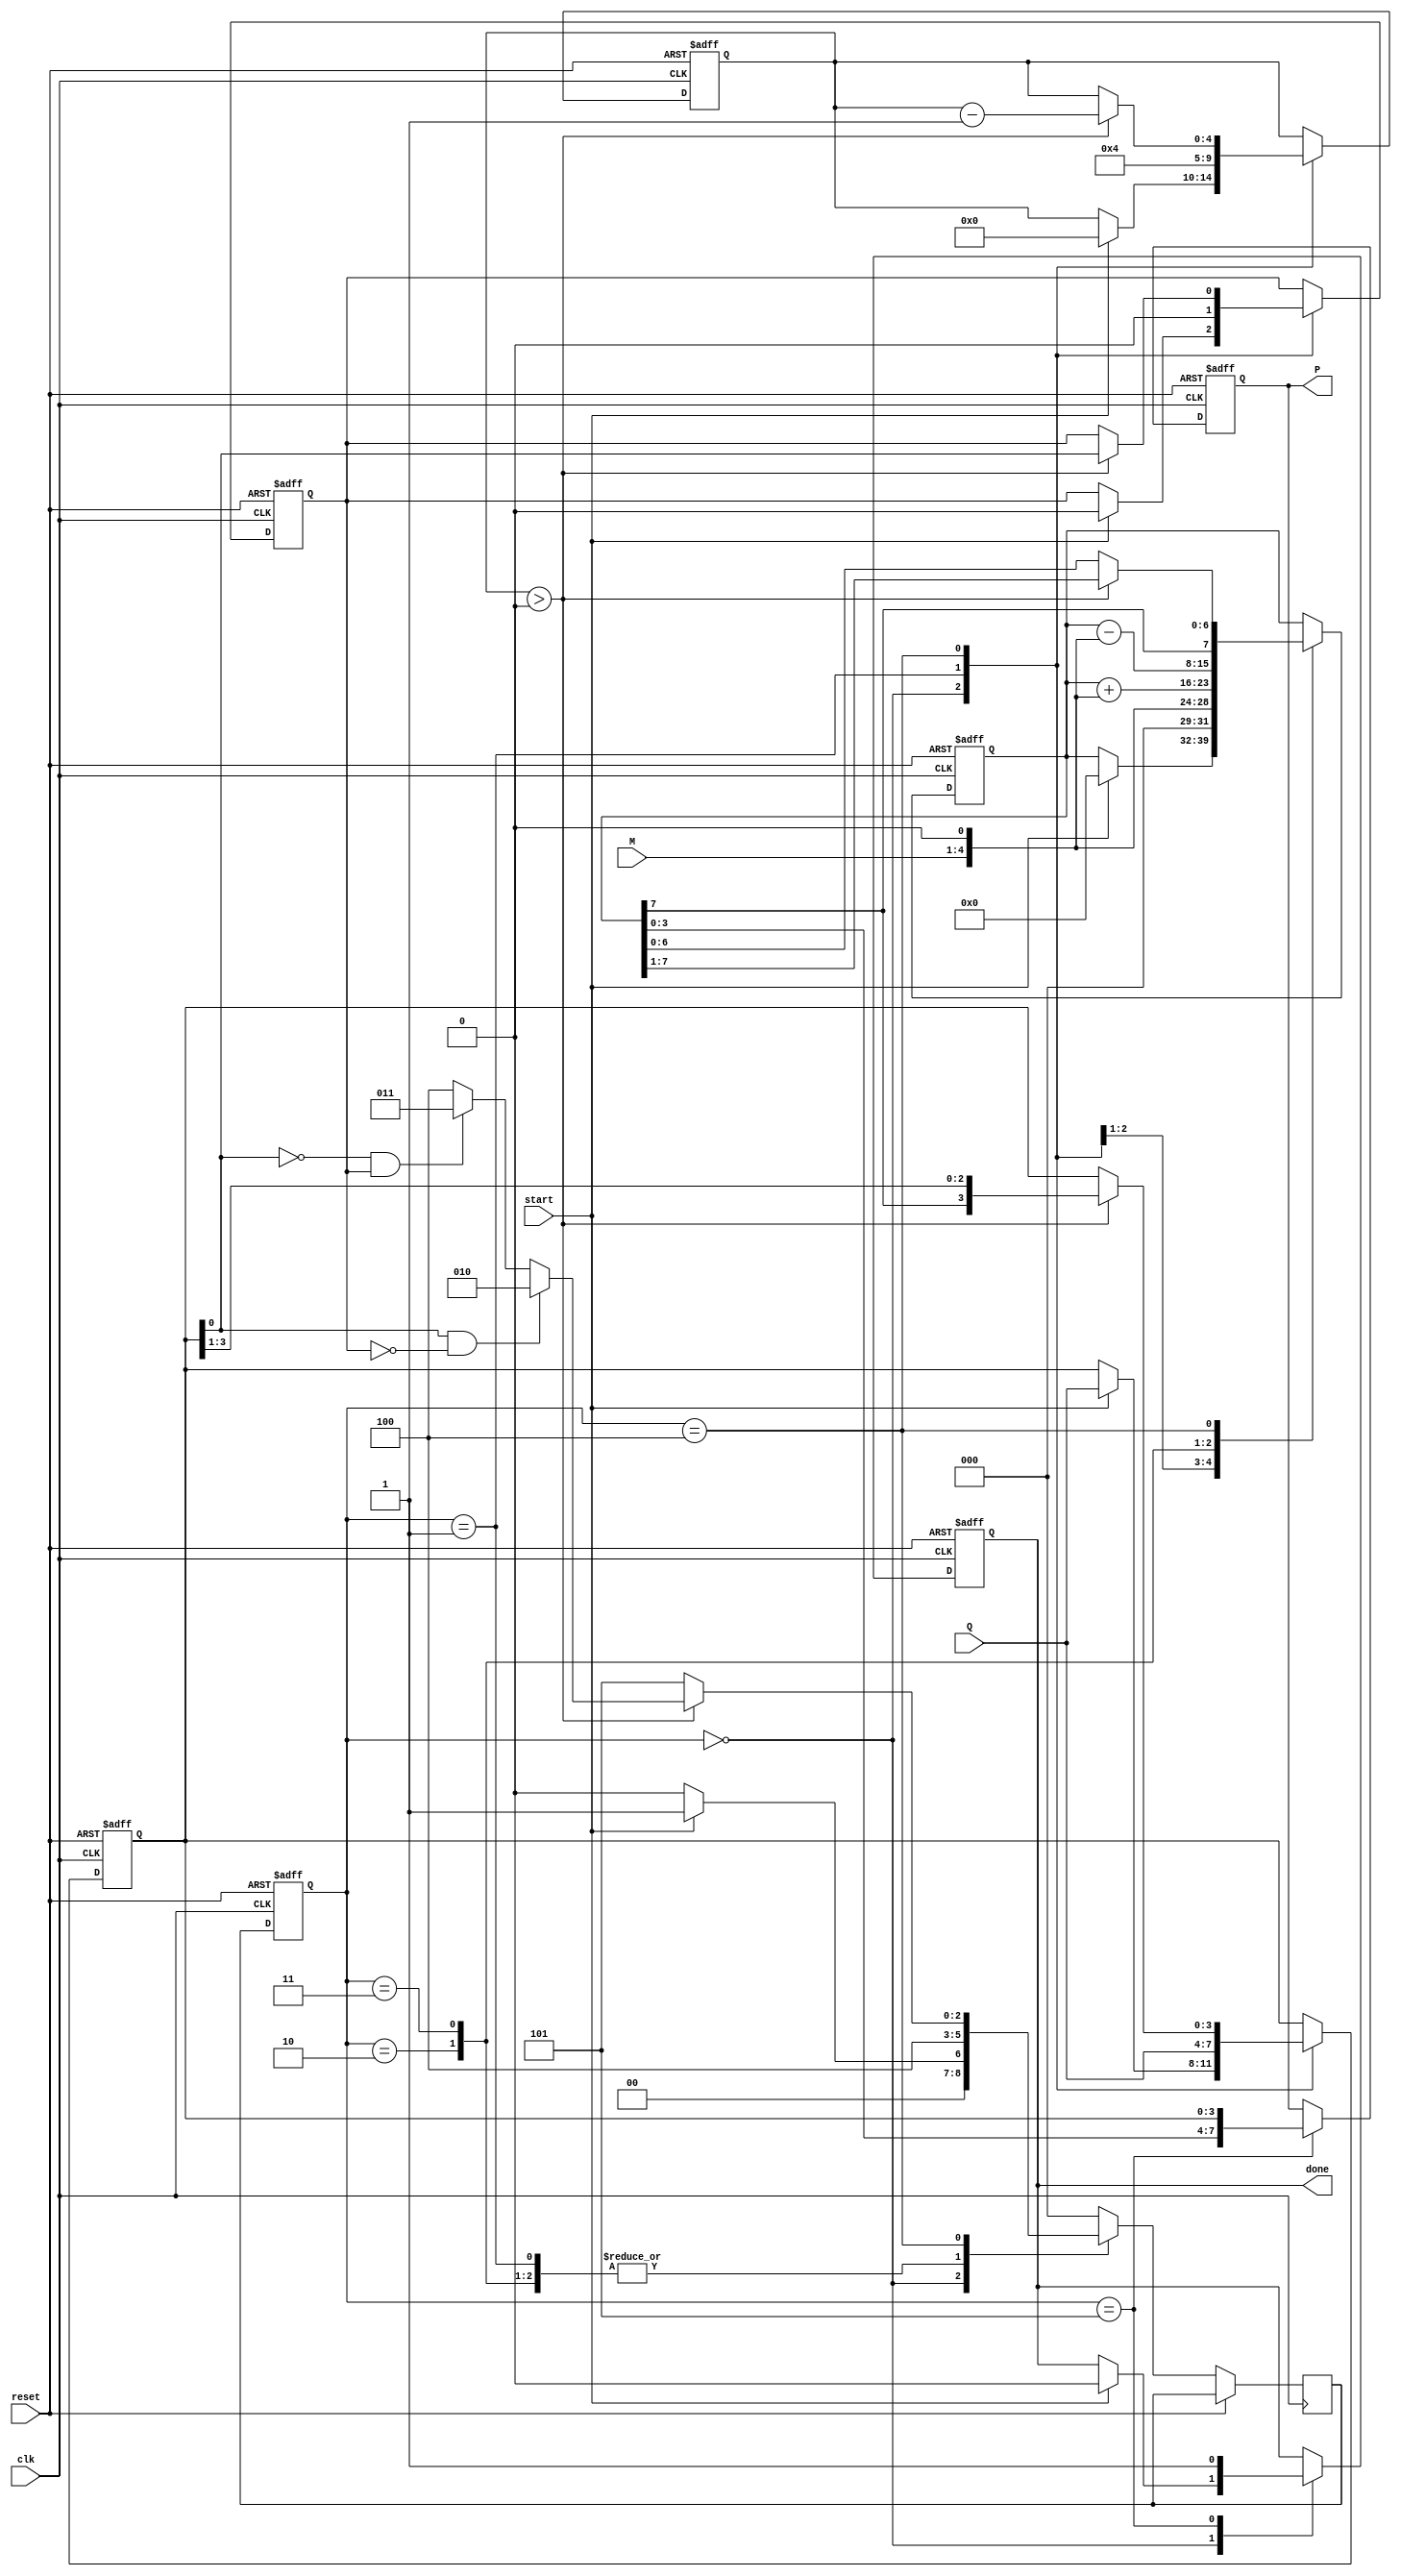
module BoothMultiplier #(parameter n = 4) (
    input wire clk,
    input wire reset,
    input wire start,
    input wire signed [n-1:0] M,   // Multiplicand
    input wire signed [n-1:0] Q,   // Multiplier
    output reg signed [(2*n)-1:0] P, // Product
    output reg done
);

    reg signed [(2*n)-1:0] A;      // Accumulator
    reg [n-1:0] Q_reg;              // Multiplier register
    reg Q_minus_1;                  // Previous bit of Q
    reg [2:0] state;                // State register
    reg [2:0] next_state;           // Next state register
    reg [n:0] count;                // Count for iterations

    localparam IDLE = 3'b000,
               LOAD = 3'b001,
               ADD = 3'b010,
               SUB = 3'b011,
               SHIFT = 3'b100,
               DONE = 3'b101;

    always @(posedge clk or posedge reset) begin
        if (reset) begin
            A <= 0;
            Q_reg <= 0;
            Q_minus_1 <= 0;
            count <= 0;
            P <= 0;
            done <= 0;
            state <= IDLE;
        end else begin
            state <= next_state;
            case (state)
                IDLE: begin
                    if (start) begin
                        A <= 0;
                        Q_reg <= Q;
                        Q_minus_1 <= 0;
                        count <= 0;
                        done <= 0;
                        next_state <= LOAD;
                    end else begin
                        next_state <= IDLE;
                    end
                end
                
                LOAD: begin
                    A <= {M, 1'b0}; // Load M into A and append 0
                    Q_reg <= Q;     // Load Q into Q_reg
                    Q_minus_1 <= 0; // Initialize Q_minus_1
                    count <= n;    // Set iteration count
                    next_state <= SHIFT;
                end
                
                ADD: begin
                    A <= A + {M, 1'b0}; // Add M to A
                    next_state <= SHIFT;
                end
                
                SUB: begin
                    A <= A - {M, 1'b0}; // Subtract M from A
                    next_state <= SHIFT;
                end
                
                SHIFT: begin
                    if (count > 0) begin
                        // Perform right arithmetic shift
                        A <= {A[(2*n)-1], A[(2*n)-1:1]}; // Shift A
                        Q_reg <= {A[(2*n)-1], Q_reg[n-1:1]}; // Shift Q
                        Q_minus_1 <= Q_reg[0]; // Update Q_minus_1
                        count <= count - 1; // Decrease iteration count

                        // Determine next state based on Q and Q-1
                        if (Q_reg[0] == 1 && Q_minus_1 == 0) begin
                            next_state <= ADD; // Q = 1, Q-1 = 0: Add M
                        end else if (Q_reg[0] == 0 && Q_minus_1 == 1) begin
                            next_state <= SUB; // Q = 0, Q-1 = 1: Subtract M
                        end else begin
                            next_state <= SHIFT; // No operation
                        end
                    end else begin
                        next_state <= DONE; // All iterations completed
                    end
                end
                
                DONE: begin
                    P <= {A[n-1:0], Q_reg}; // Combine A and Q for the final product
                    done <= 1; // Indicate multiplication is done
                    next_state <= IDLE; // Go back to IDLE state
                end
                
                default: next_state <= IDLE; // Default state
            endcase
        end
    end
endmodule